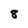
Character: 8